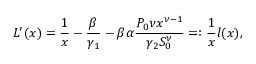
L ^ { \prime } ( x ) = \frac 1 x - \frac { \beta } { \gamma _ { 1 } } - \beta \alpha \frac { P _ { 0 } \nu x ^ { \nu - 1 } } { \gamma _ { 2 } S _ { 0 } ^ { \nu } } = : \frac { 1 } { x } l ( x ) ,